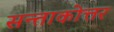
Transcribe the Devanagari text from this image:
सन्ताकोत्तर